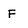
Character: F